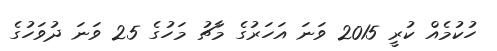
ހުކުމެއް ކުރީ 2015 ވަނަ އަހަރުގެ މާޗު މަހުގެ 25 ވަނަ ދުވަހުގެ